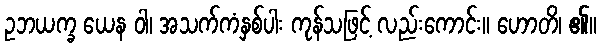
ဥဘယက္ခ ယေန ဝါ၊ အသက်ကံနှစ်ပါး ကုန်သဖြင့် လည်းကောင်း။ ဟောတိ၊ ၏။